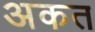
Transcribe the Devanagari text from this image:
अकत